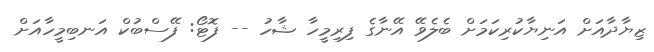
ޒިޔާދާއަށް އަނިޔާކުރިކަމަށް ބެލެވޭ އޭނާގެ ފިރިމީހާ ޝާހު -- ފޮޓޯ: ފޭސްބުކް އަނބިމީހާއަށް